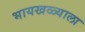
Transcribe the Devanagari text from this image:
भायखळ्याला